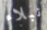
نبلاء